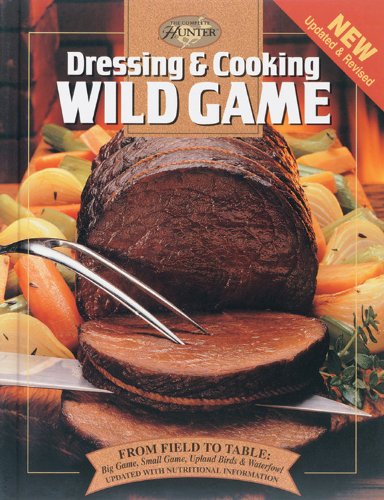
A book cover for Dressing & Cooking Wild Game: From Field to Table: Big Game, Small Game, Upland Birds & Waterfowl (The Complete Hunter); Editors of Creative Publishing; Cookbooks, Food & Wine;